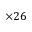
\times 2 6